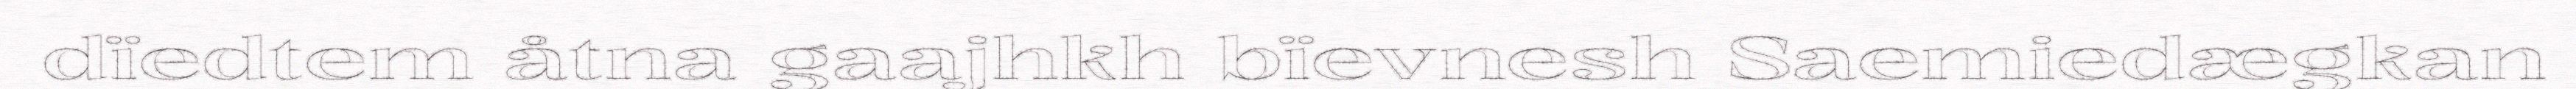
dïedtem åtna gaajhkh bïevnesh Saemiedægkan